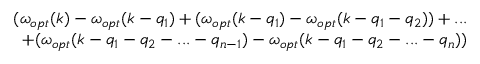
\begin{array} { r } { ( \omega _ { o p t } ( k ) - \omega _ { o p t } ( k - q _ { 1 } ) + ( \omega _ { o p t } ( k - q _ { 1 } ) - \omega _ { o p t } ( k - q _ { 1 } - q _ { 2 } ) ) + . . . } \\ { + ( \omega _ { o p t } ( k - q _ { 1 } - q _ { 2 } - . . . - q _ { n - 1 } ) - \omega _ { o p t } ( k - q _ { 1 } - q _ { 2 } - . . . - q _ { n } ) ) } \end{array}